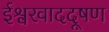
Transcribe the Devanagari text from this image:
ईश्वरवाददूषण